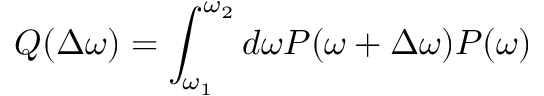
\ensuremath { Q ( \Delta \omega ) = \int _ { \omega _ { 1 } } ^ { \omega _ { 2 } } d \omega P ( \omega + \Delta \omega ) P ( \omega ) }